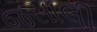
જસાલી